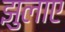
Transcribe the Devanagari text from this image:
झुलाए